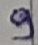
Text: 9